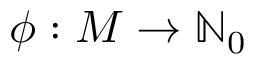
\phi : M \to \mathbb { N } _ { 0 }